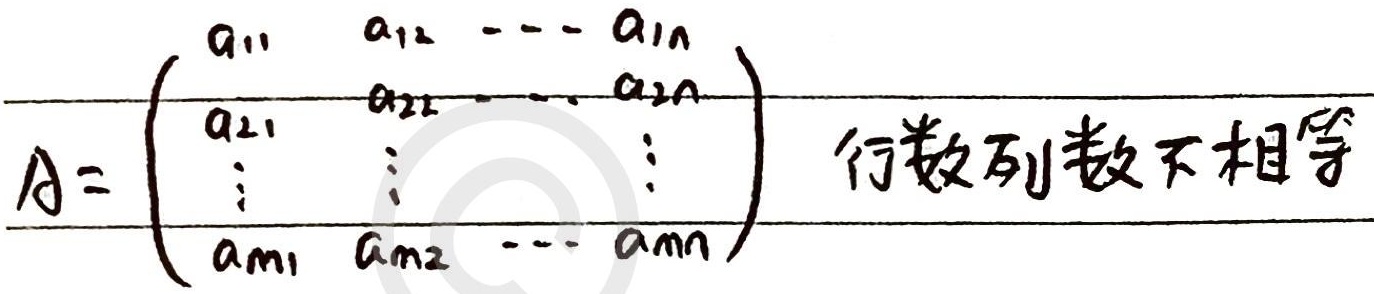
\[A=\begin{pmatrix}a_{11}&a_{12}&\cdots&a_{1n}\\a_{21}&a_{22}&\cdots&a_{2n}\\\vdots&\vdots&&\vdots\\a_{m1}&a_{m2}&\cdots&a_{mn}\end{pmatrix}\]
行数列数不相等